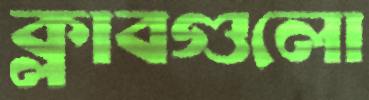
ক্লাবগুলো